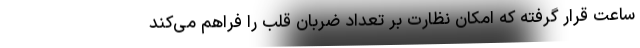
ساعت قرار گرفته که امکان نظارت بر تعداد ضربان قلب را فراهم می‌کند